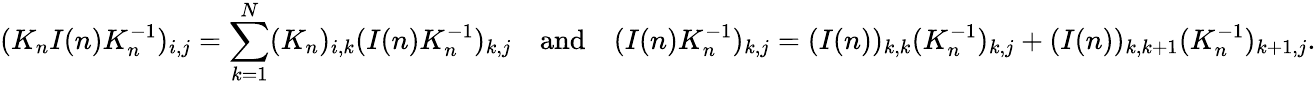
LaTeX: (K_{n}I(n)K_{n}^{-1})_{i,j}=\sum_{k=1}^{N}(K_{n})_{i,k}(I(n)K_{n}^{-1})_{k,j}\quad\mathrm{and}\quad(I(n)K_{n}^{-1})_{k,j}=(I(n))_{k,k}(K_{n}^{-1})_{k,j}+(I(n))_{k,k+1}(K_{n}^{-1})_{k+1,j}.